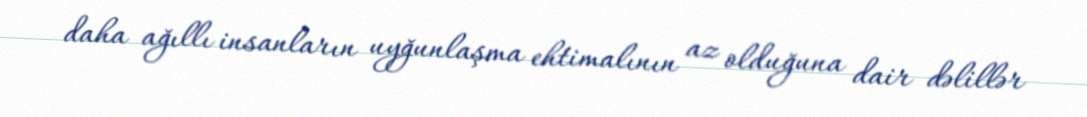
daha ağıllı insanların uyğunlaşma ehtimalının az olduğuna dair dəlillər